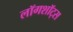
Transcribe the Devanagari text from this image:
लॉगशॉट्स